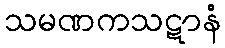
သမဏကသဋာနံ